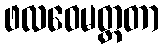
ဖလဝေမတ္တတာ